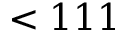
< 1 1 1